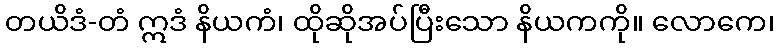
တယိဒံ-တံ ဣဒံ နိယကံ၊ ထိုဆိုအပ်ပြီးသော နိယကကို။ လောကေ၊